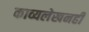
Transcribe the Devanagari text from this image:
काव्यलेखनही